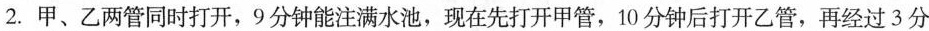
2.甲、乙两管同时打开，9分钟能注满水池，现在先打开甲管，10分钟后打开乙管，再经过3分